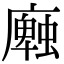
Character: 𢋜